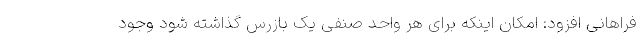
فراهانی افزود: امکان اینکه برای هر واحد صنفی یک بازرس گذاشته شود وجود